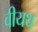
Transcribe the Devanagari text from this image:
वीयथ